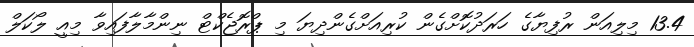
13.4 މިލިއަން ރުފިޔާގެ ހަރަދުކޮށްގެން ކުރިއަށްގެންދިޔަ މި ޕްރޮޖެކްޓް ނިންމާލާފައިވާ މިއީ ލޯކަލް